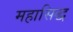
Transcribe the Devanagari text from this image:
महासिद्ध